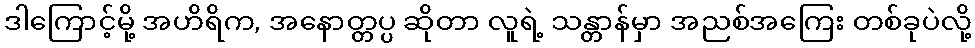
ဒါကြောင့်မို့ အဟိရိက, အနောတ္တပ္ပ ဆိုတာ လူရဲ့ သန္တာန်မှာ အညစ်အကြေး တစ်ခုပဲလို့